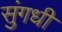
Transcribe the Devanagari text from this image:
सुंगधी